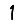
Digit: 1